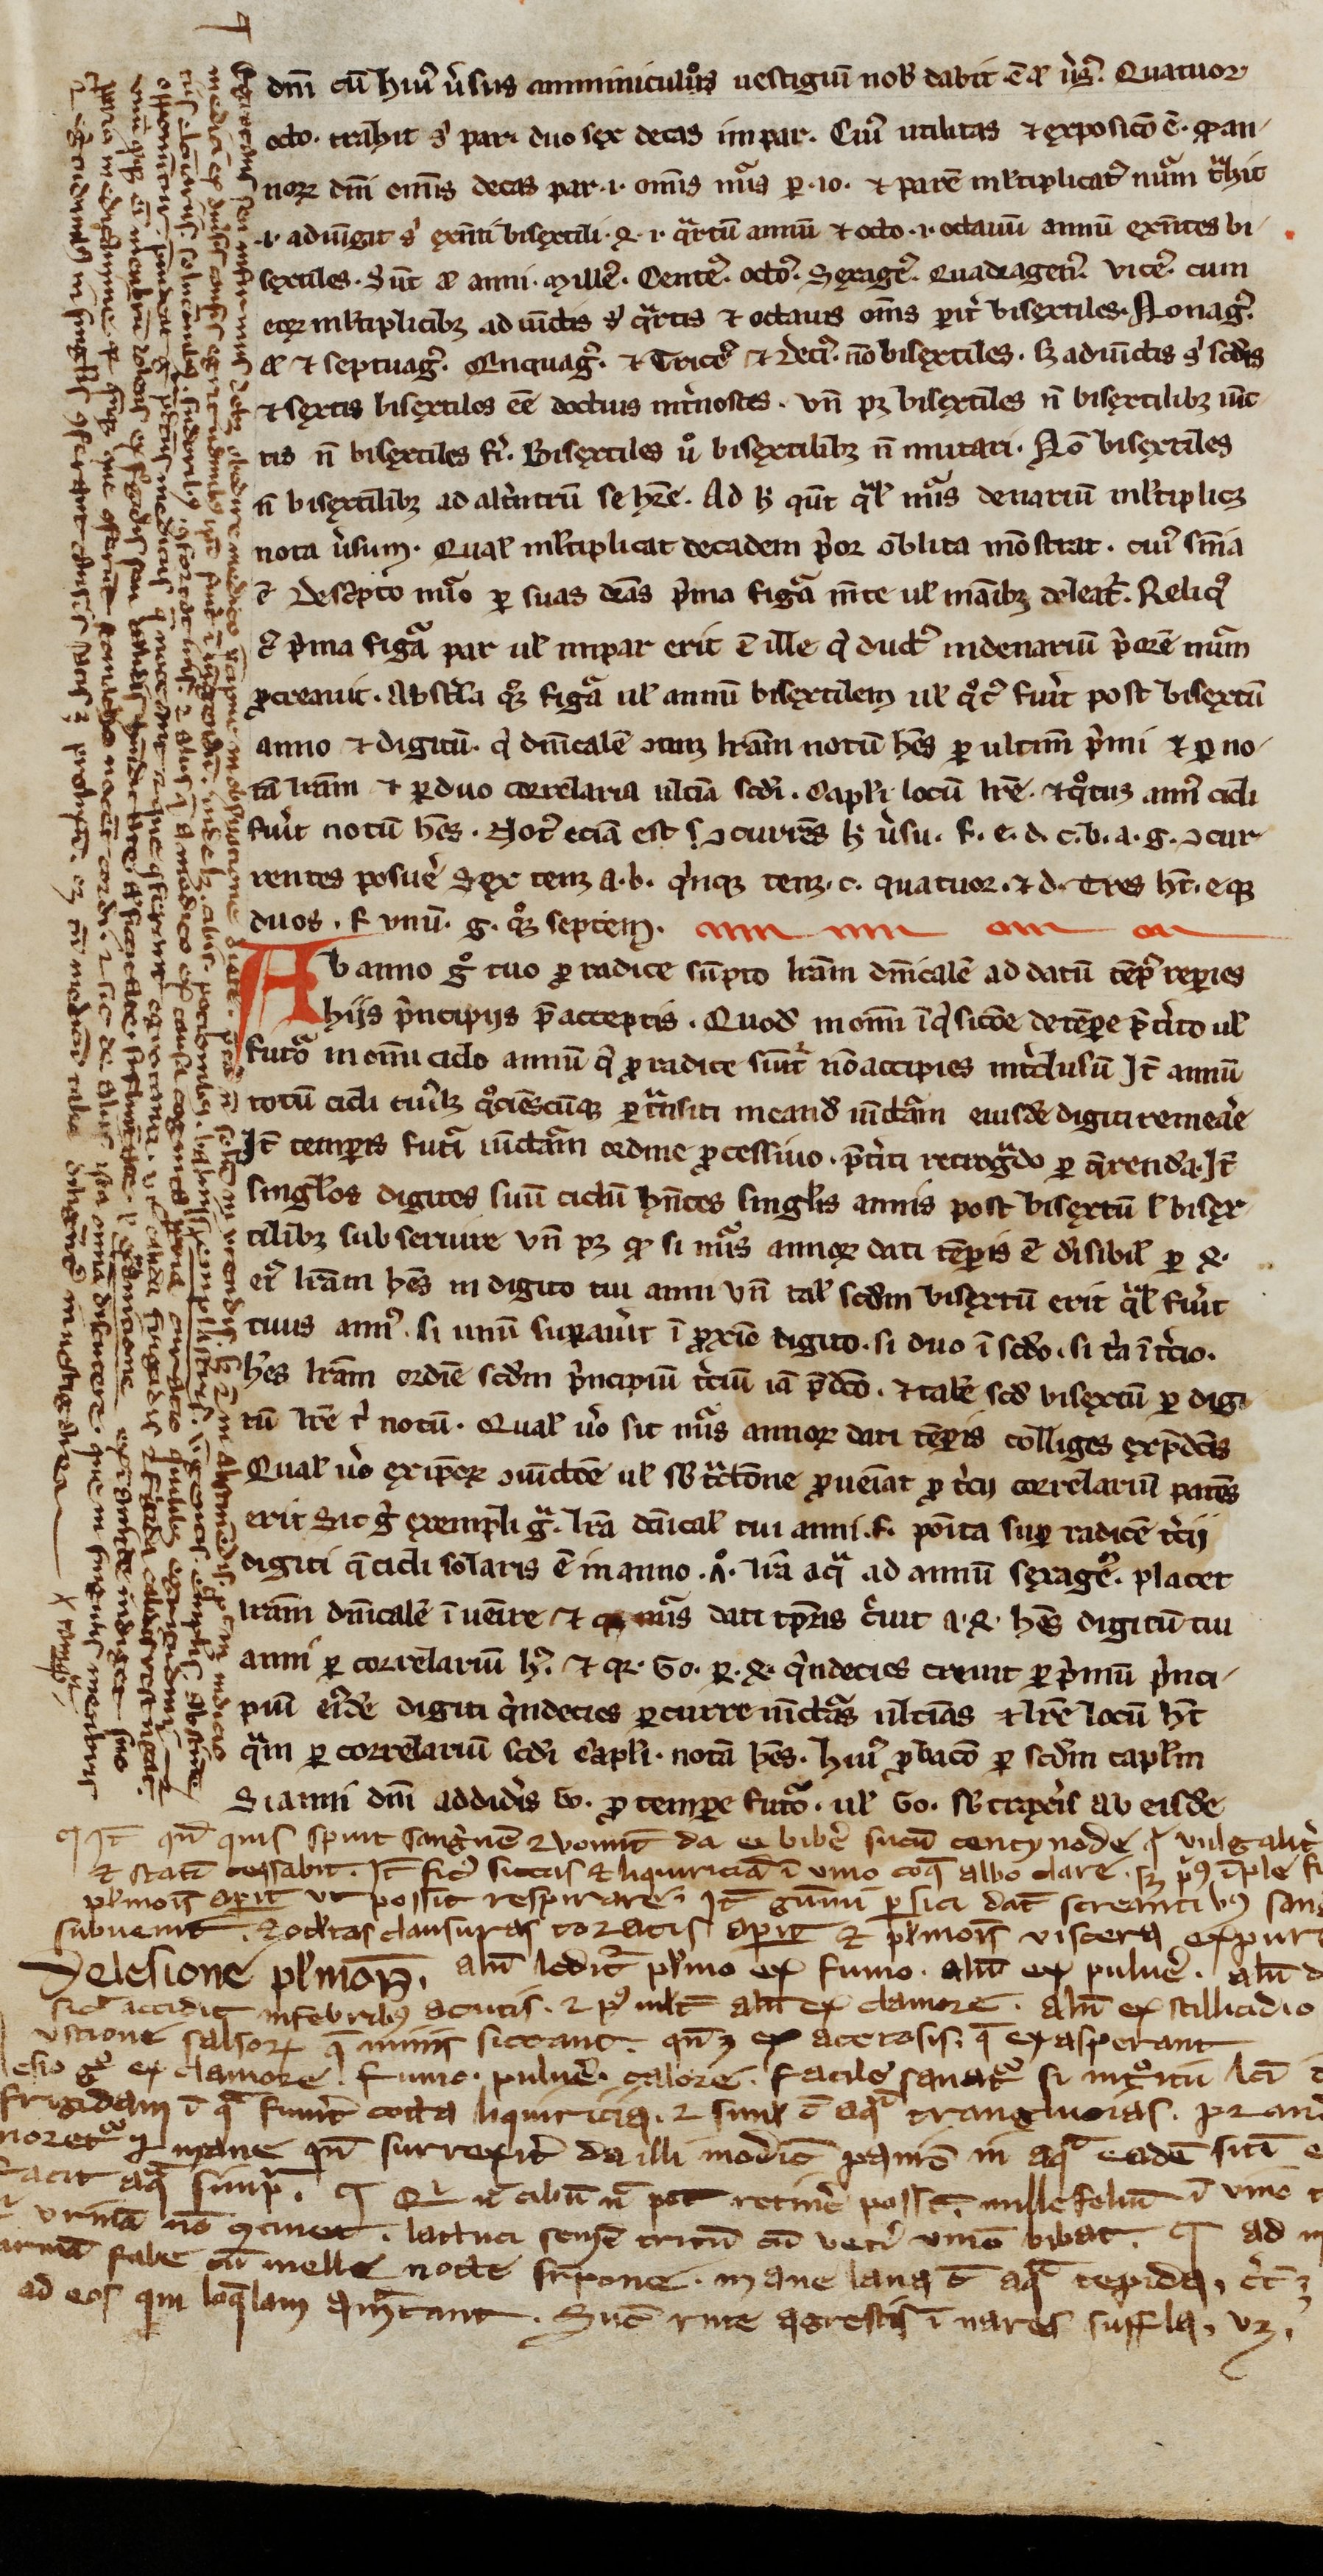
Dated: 1200–1399